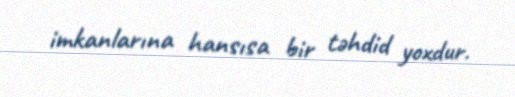
imkanlarına hansısa bir təhdid yoxdur.